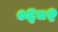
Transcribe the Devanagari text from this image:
०६८२